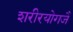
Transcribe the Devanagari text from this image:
शरीरयोगजै